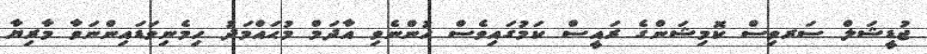
ޖުޑީޝަލް ސަރވިސް ކޮމިޝަންގެ ރައީސް ކަމުގައިވެސް ހުންނެވި އާދަމް މުޙައްމަދު ހިމެނިވަޑައިންނަވާ މާރިޔާ